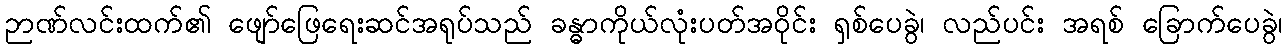
ဉာဏ်လင်းထက်၏ ဖျော်ဖြေရေးဆင်အရုပ်သည် ခန္ဓာကိုယ်လုံးပတ်အဝိုင်း ရှစ်ပေခွဲ၊ လည်ပင်း အရစ် ခြောက်ပေခွဲ၊